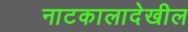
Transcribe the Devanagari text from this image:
नाटकालादेखील